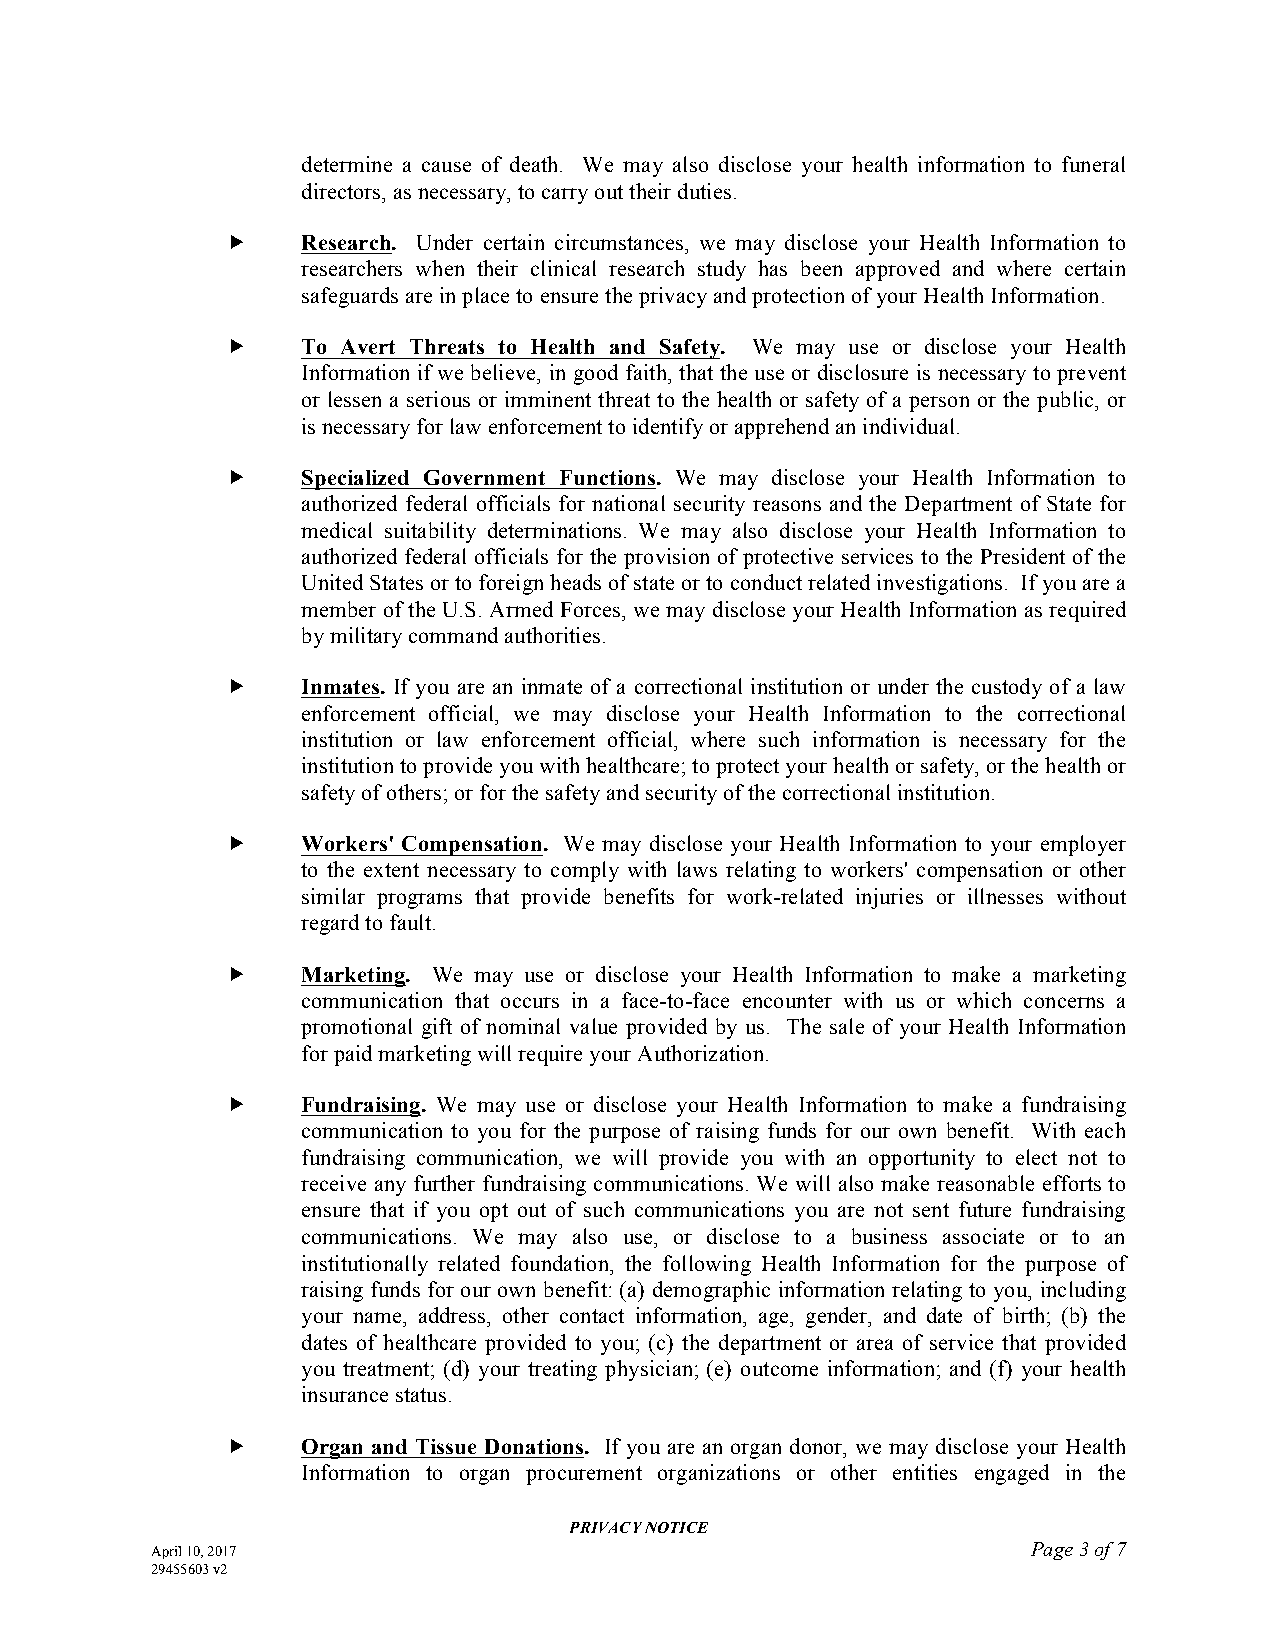
determine a cause of death. We may also disclose your health information to funeral
 directors, as necessary, to carry out their duties.
     Research. Under certain circumstances, we may disclose your Health Information to
 researchers when their clinical research study has been approved and where certain
 safeguards are in place to ensure the privacy and protection of your Health Information.
     To Avert Threats to Health and Safety. We may use or disclose your Health
 Information if we believe, in good faith, that the use or disclosure is necessary to prevent
 or lessen a serious or imminent threat to the health or safety of a person or the public, or
 is necessary for law enforcement to identify or apprehend an individual.
     Specialized Government Functions. We may disclose your Health Information to
 authorized federal officials for national security reasons and the Department of State for
 medical suitability determinations. We may also disclose your Health Information to
 authorized federal officials for the provision of protective services to the President of the
 United States or to foreign heads of state or to conduct related investigations. If you are a
 member of the U.S. Armed Forces, we may disclose your Health Information as required
 by military command authorities.
     Inmates. If you are an inmate of a correctional institution or under the custody of a law
 enforcement official, we may disclose your Health Information to the correctional
 institution or law enforcement official, where such information is necessary for the
 institution to provide you with healthcare; to protect your health or safety, or the health or
 safety of others; or for the safety and security of the correctional institution.
     Workers' Compensation. We may disclose your Health Information to your employer
 to the extent necessary to comply with laws relating to workers' compensation or other
 similar programs that provide benefits for work-related injuries or illnesses without
 regard to fault.
     Marketing. We may use or disclose your Health Information to make a marketing
 communication that occurs in a face-to-face encounter with us or which concerns a
 promotional gift of nominal value provided by us. The sale of your Health Information
 for paid marketing will require your Authorization.
     Fundraising. We may use or disclose your Health Information to make a fundraising
 communication to you for the purpose of raising funds for our own benefit. With each
 fundraising communication, we will provide you with an opportunity to elect not to
 receive any further fundraising communications. We will also make reasonable efforts to
 ensure that if you opt out of such communications you are not sent future fundraising
 communications. We may also use, or disclose to a business associate or to an
 institutionally related foundation, the following Health Information for the purpose of
 raising funds for our own benefit: (a) demographic information relating to you, including
 your name, address, other contact information, age, gender, and date of birth; (b) the
 dates of healthcare provided to you; (c) the department or area of service that provided
 you treatment; (d) your treating physician; (e) outcome information; and (f) your health
 insurance status.
     Organ and Tissue Donations. If you are an organ donor, we may disclose your Health
 Information to organ procurement organizations or other entities engaged in the
 PRIVACY NOTICE
 April 10, 2017                                            Page 3 of 7
 29455603 v2